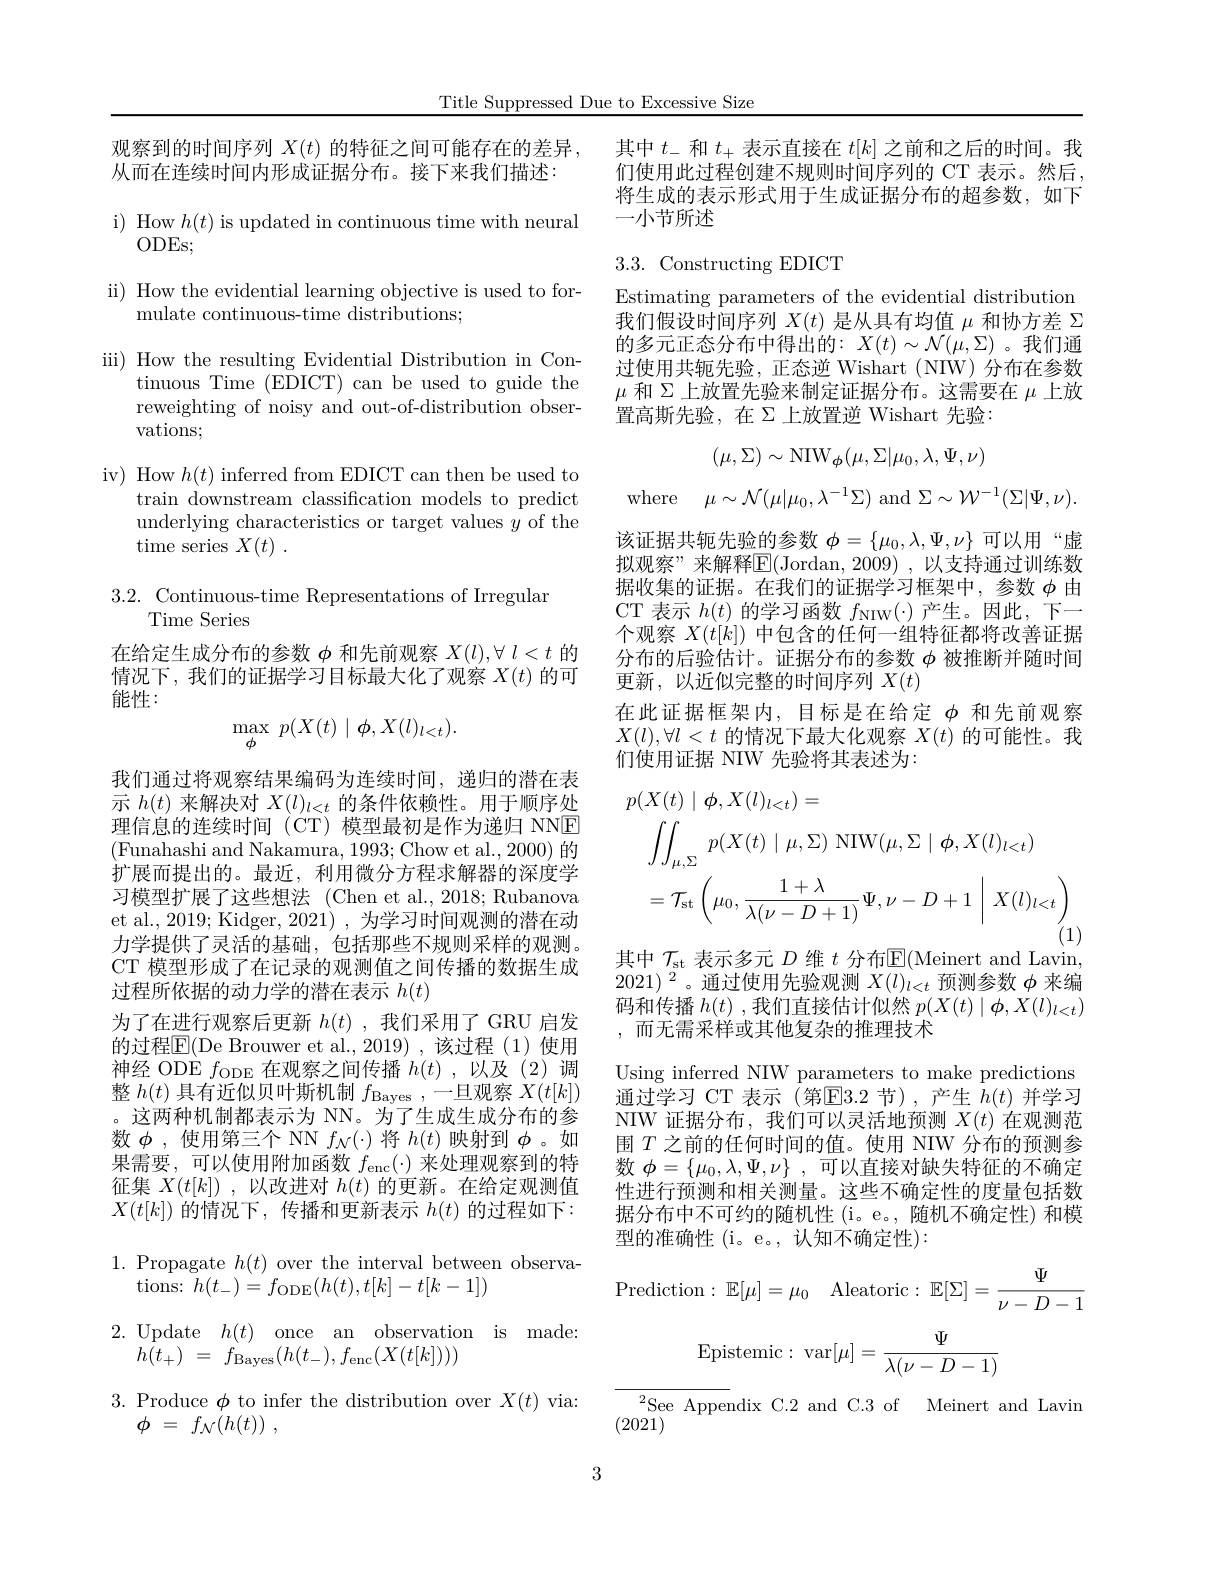
Title Suppressed Due to Excessive Size

观察到的时间序列$X(t)$的特征之间可能存在的差异，
从而在连续时间内形成证据分布。接下来我们描述：

i) How $h(t)$ is updated in continuous time with neural
## $ODEs;$

ii) How the evidential learning objective is used to for-

mulate continuous-time distributions;

iii) How the resulting Evidential Distribution in Con-
tinuous Time (EDICT) can be used to guide the reweighting of noisy and out-of-distribution observations;

iv) How $h(t)$ inferred from EDICT can then be used to
train downstream classification models to predict underlying characteristics or target values $y$ of the time series $X( t)$ .

3.2. Continuous-time Representations of Irregular
# Time Series

在给定生成分布的参数$\phi$和先前观察$X(l),\forall l<t$的情况下，我们的证据学习目标最大化了观察$X(t)$的可能性：
$$\max_{\phi}\:p(X(t)\mid\phi,X(l)_{l<t}).$$
我们通过将观察结果编码为连续时间，递归的潜在表示$h(t)$来解决对$X(l)_l<t$的条件依赖性。用于顺序处理信息的连续时间 (CT) 模型最初是作为递归 NNE (Funahashi and Nakamura, 1993; Chow et al., 2000) 的扩展而提出的。最近，利用微分方程求解器的深度学习模型扩展了这些想法 (Chen et al.,2018; Rubanova et al., 2019; Kidger, 2021) , 为学习时间观测的潜在动力学提供了灵活的基础，包括那些不规则采样的观测。CT 模型形成了在记录的观测值之间传播的数据生成过程所依据的动力学的潜在表示$h(t)$
为了在进行观察后更新$h(t)$ ,我们采用了 GRU 启发的过程$\boxed{\mathrm{F}}($De Brouwer et al.,2019) ,该过程 (1) 使用神经 ODE $f_\mathrm{ODE}$在观察之间传播$h(t)$,以及(2)调整$h(t)$具有近似贝叶斯机制$f_\mathrm{Bayes}$,一旦观察$X(t[k])$ 。这两种机制都表示为 NN。为了生成生成分布的参数$\phi$ ,使用第三个 NN $f_\mathcal{N}(\cdot)$将$h(t)$映射到$\phi$ 。如果需要，可以使用附加函数$f_\mathrm{enc}(\cdot)$来处理观察到的特征集$X(t[k])$ ,以改进对$h(t)$的更新。在给定观测值$X(t[k])$的情况下，传播和更新表示$h(t)$的过程如下：

1. Propagate $h(t)$ over the interval between observa-
tions: $h(t_-)=f_{\mathrm{ODE}}(h(t),t[k]-t[k-1])$

2.Update$h( t)$ once an observation is made:
$h( t_+ )$ = $f_{\mathrm{Bayes}}( h( t_- ) , f_{\mathrm{enc}}( X( t[ k] ) ) )$

3. Produce $\phi$ to infer the distribution over $X(t)$ via
$\phi$ = $f_{\mathcal{N} }( h( t) )$ ,

其中$t_-$和$t_+$表示直接在$t[k]$之前和之后的时间。我们使用此过程创建不规则时间序列的 CT 表示。然后将生成的表示形式用于生成证据分布的超参数，如下一小节所述

## 3.3. Constructing EDICT

Estimating parameters of the evidential distribution 我们假设时间序列$X(t)$是从具有均值$\mu$和协方差$\Sigma$ 的多元正态分布中得出的$:X(t)\sim\mathcal{N}(\mu,\Sigma)$。我们通过使用共轭先验，正态逆 Wishart (NIW)分布在参数$\mu$和$\Sigma$上放置先验来制定证据分布。这需要在$\mu$上放置高斯先验，在$\Sigma$上放置逆 Wishart 先验：
$$(\mu,\Sigma)\sim\mathrm{NIW}_{\phi}(\mu,\Sigma|\mu_{0},\lambda,\Psi,\nu)$$
where $\mu \sim \mathcal{N} ( \mu | \mu _{0}, \lambda ^{- 1}\Sigma )$and$\Sigma\sim\mathcal{W}^-1(\Sigma|\Psi,\nu).$

该证据共轭先验的参数$\phi=\{\mu_0,\lambda,\Psi,\nu\}$可以用“虚拟观察”来解释$\boxed{\mathrm{F}}($Jordan,2009),以支持通过训练数据收集的证据。在我们的证据学习框架中，参数$\phi$由CT 表示$h(t)$的学习函数$f_\mathrm{NIW}(\cdot)$产生。因此，下一个观察$X(t[k])$中包含的任何一组特征都将改善证据分布的后验估计。证据分布的参数$\phi$被推断并随时间更新，以近似完整的时间序列$X(t)$
在此证据框架内，目标是在给定$\phi$和先前观察$X(l),\forall l<t$的情况下最大化观察$X(t)$的可能性。我们使用证据 NIW 先验将其表述为：
$$\begin{aligned}&p(X(t)\mid\phi,X(l)_{l<t})=\\&\iint_{\mu,\Sigma}\:p(X(t)\mid\mu,\Sigma)\:\mathrm{NIW}(\mu,\Sigma\mid\phi,X(l)_{l<t})\\&=\mathcal{T}_{\mathrm{st}}\left(\mu_{0},\frac{1+\lambda}{\lambda(\nu-D+1)}\Psi,\nu-D+1\:\bigg|\:X(l)_{l<t}\right)\end{aligned}$$
其中$\mathcal{T}_\mathrm{st}$表示多元$D$维$t$分布$\mathbb{E}($Meinert and Lavin,

$2021)^2$。通过使用先验观测$X(l)_l<t$预测参数$\phi$来编码和传播$h(t)$ ,我们直接估计似然$p(X(t)\mid\phi,X(l)_{l<t})$ ,而无需采样或其他复杂的推理技术
Using inferred NIW parameters to make predictions 通过学习 CT 表示 (第E3.2节),产生$h(t)$并学习NIW 证据分布，我们可以灵活地预测$X(t)$在观测范围$T$之前的任何时间的值。使用 NIW 分布的预测参数$\phi = \{ \mu _0, \lambda , \Psi , \nu \}$ ,可以直接对缺失特征的不确定性进行预测和相关测量。这些不确定性的度量包括数据分布中不可约的随机性(i。e。,随机不确定性)和模型的准确性 (i。e。, 认知不确定性):

Prediction$: \mathbb{E} [ \mu ] = \mu _{0}$ Aleatoric$:\mathbb{E}[\Sigma]=\frac\Psi{\nu-D-1}$
$$\mathrm{Epistemic:}\:\mathrm{var}[\mu]=\frac{\Psi}{\lambda(\nu-D-1)}$$
${}_{031}^{2}$See Appendix C.2 and C.3 of Meinert and Lavin
(2021)

3